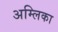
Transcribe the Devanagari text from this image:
अम्लिका